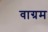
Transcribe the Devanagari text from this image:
वाग्रम